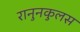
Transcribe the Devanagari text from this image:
रानुनकुलस